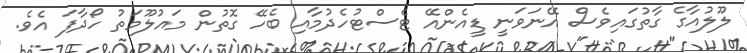
ލޫލުއާގެ ގާތުގައިވެސް އޭނަވަނީ ޑީއެންއޭ ޓެސްޓުހެދުމާއި ބެހޭ ގޮތުން މައުލޫމަތު ހޯދާފަ އެވެ.